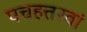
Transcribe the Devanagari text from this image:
पचहत्तरवां